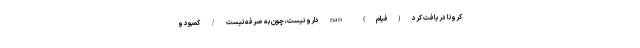
کرونا دریافت کرد (فیلم) nan دارو نیست، چون به صرفه نیست / کمبود و